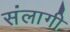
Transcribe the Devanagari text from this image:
संलागी